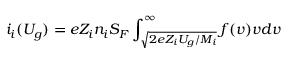
i _ { i } ( U _ { g } ) = e Z _ { i } n _ { i } S _ { F } \int _ { \sqrt { 2 e Z _ { i } U _ { g } / M _ { i } } } ^ { \infty } f ( v ) v d v